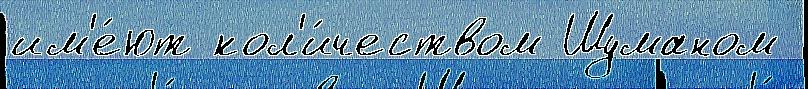
им'е́ют кол'и́чеством Шуманом